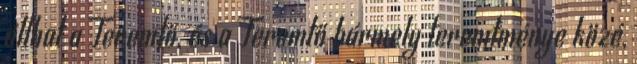
állhat a Teremtő, és a Teremtő bármely teremtménye közé,